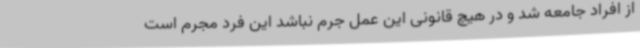
از افراد جامعه شد و در هیچ قانونی این عمل جرم نباشد این فرد مجرم است